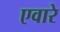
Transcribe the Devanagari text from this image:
एवारे